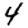
Digit: 4